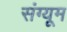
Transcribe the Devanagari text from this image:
संग्यूम